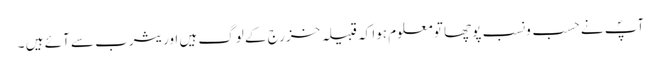
آپؐ نے حسب ونسب پوچھا تو معلوم ہوا کہ قبیلہ خزرج کے لوگ ہیں اور یثرب سے آئے ہیں ۔